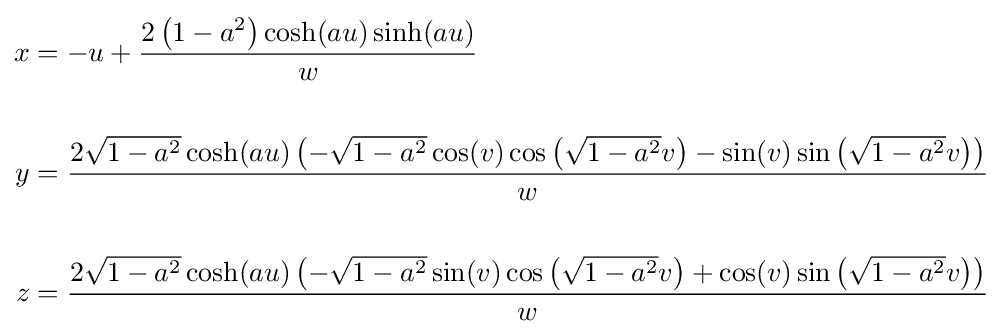
{\begin{aligned}x&{}=-u+{\frac {2\left(1-a^{2}\right)\cosh(au)\sinh(au)}{w}}\\\\y&{}={\frac {2{\sqrt {1-a^{2}}}\cosh(au)\left(-{\sqrt {1-a^{2}}}\cos(v)\cos \left({\sqrt {1-a^{2}}}v\right)-\sin(v)\sin \left({\sqrt {1-a^{2}}}v\right)\right)}{w}}\\\\z&{}={\frac {2{\sqrt {1-a^{2}}}\cosh(au)\left(-{\sqrt {1-a^{2}}}\sin(v)\cos \left({\sqrt {1-a^{2}}}v\right)+\cos(v)\sin \left({\sqrt {1-a^{2}}}v\right)\right)}{w}}\end{aligned}}